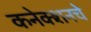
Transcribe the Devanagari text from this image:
कनेक्शनचे